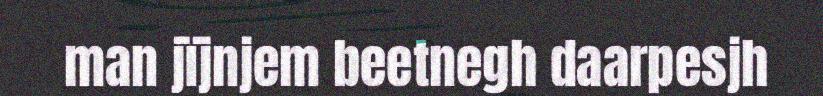
man jïjnjem beetnegh daarpesjh